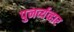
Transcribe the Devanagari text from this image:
पुनर्व्यव्हार